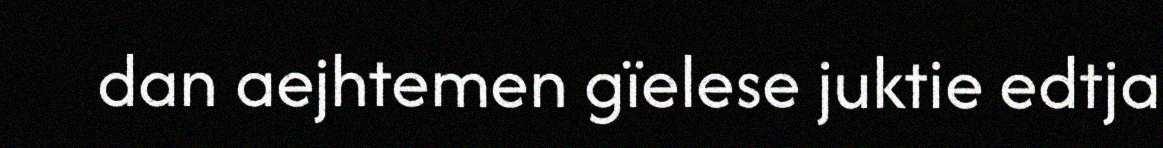
dan aejhtemen gïelese juktie edtja